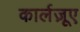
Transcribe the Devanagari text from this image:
कार्लज़ूए